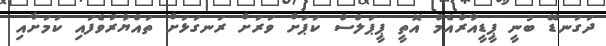
ދަގަނޑޭ ބުނީ ޕީޑީއާރްއެމް އޮތީ ޕީޕަލްސް ކަޕަށް ވަރަށް ރަނގަޅަށް ތައްޔާރުވެފައި ކަމަށާއި